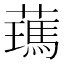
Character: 𦿰